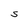
Character: S